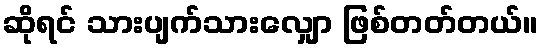
ဆိုရင် သားပျက်သားလျှော ဖြစ်တတ်တယ်။